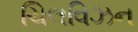
ચિલવિઝન